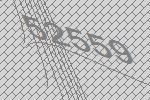
52559